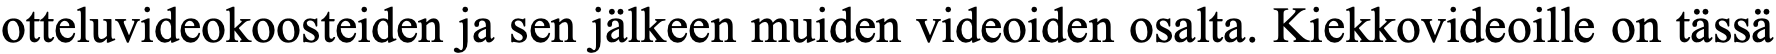
otteluvideokoosteiden ja sen jälkeen muiden videoiden osalta. Kiekkovideoille on tässä